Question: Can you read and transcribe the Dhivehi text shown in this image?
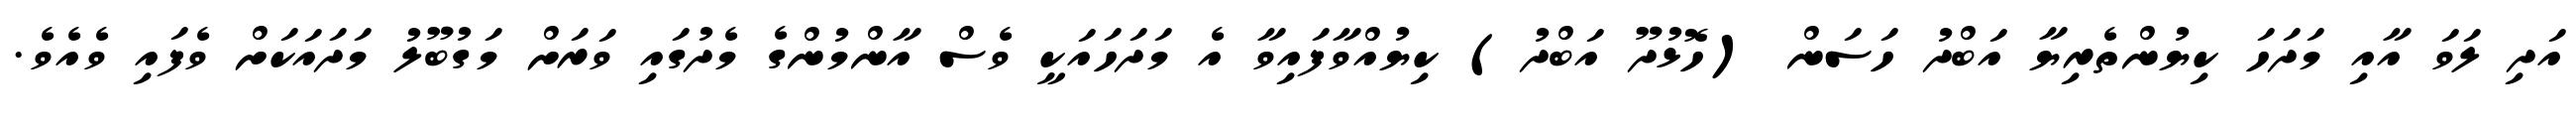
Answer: އަދި ލަވަ އާއި މަދަހަ ކިޔުންތެރިޔާ އަބްދު ހަސަން (ހޮޅުދޫ އަބްދު) ކިޔުއްވާފައިވާ އެ މަދަހައަކީ ވެސް އާންމުންގެ މެދުގައި ވަރަށް މަގުބޫލު މަދައަކަށް ވެފައި ވެއެވެ.